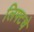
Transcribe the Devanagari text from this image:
लिफ्टचे